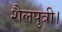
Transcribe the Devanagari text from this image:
शैलपुत्री।